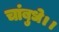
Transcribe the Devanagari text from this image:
चांबुधे।।